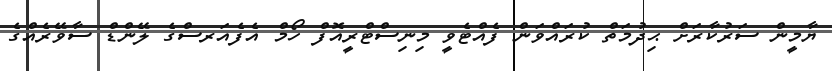
ޔާމީން ސަރުކާރަށް ޙިދުމަތް ކުރައްވަން ފެއްޓެވީ މިނިސްޓްރީއޮފް ހޯމް އެފެއަރސްގެ ލޭންޑް ސާވޭރެއްގެ